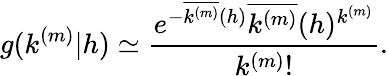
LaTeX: g(k^{(m)}|h)\simeq\frac{e^{-\overline{{k^{(m)}}}(h)}\overline{{k^{(m)}}}(h)^{k^{(m)}}}{k^{(m)}!}.